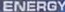
ENERGY